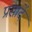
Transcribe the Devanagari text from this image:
प्रसादें